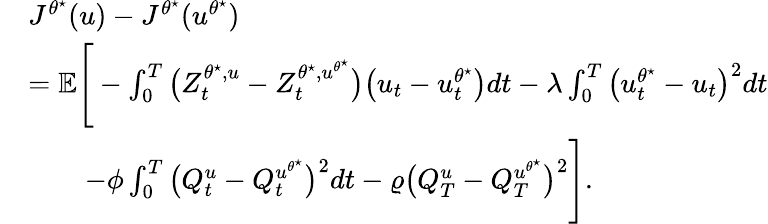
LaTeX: \begin{array}{rl}&{J^{\theta^{\star}}(u)-J^{\theta^{\star}}(u^{\theta^{\star}})}\\ &{=\mathbb{E}\Bigg[-\int_{0}^{T}\big(Z_{t}^{\theta^{\star},u}-Z_{t}^{\theta^{\star},u^{\theta^{\star}}}\big)\big(u_{t}-u_{t}^{\theta^{\star}}\big)dt-\lambda\int_{0}^{T}\big(u_{t}^{\theta^{\star}}-u_{t}\big)^{2}dt}\\ &{\qquad-\phi\int_{0}^{T}\big(Q_{t}^{u}-Q_{t}^{u^{\theta^{\star}}}\big)^{2}dt-\varrho\big(Q_{T}^{u}-Q_{T}^{u^{\theta^{\star}}}\big)^{2}\Bigg].}\end{array}